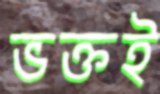
ভক্তই